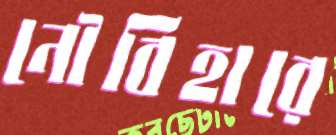
নৌবিহারে